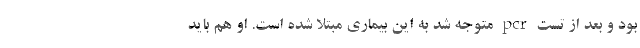
بود و بعد از تست pcr متوجه شد به این بیماری مبتلا شده است. او هم باید